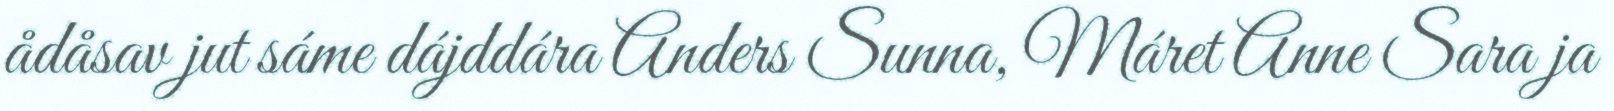
ådåsav jut sáme dájddára Anders Sunna, Máret Anne Sara ja